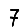
Digit: 7